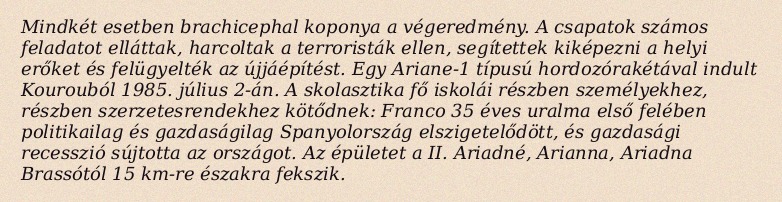
Mindkét esetben brachicephal koponya a végeredmény. A csapatok számos feladatot elláttak, harcoltak a terroristák ellen, segítettek kiképezni a helyi erőket és felügyelték az újjáépítést. Egy Ariane-1 típusú hordozórakétával indult Kourouból 1985. július 2-án. A skolasztika fő iskolái részben személyekhez, részben szerzetesrendekhez kötődnek: Franco 35 éves uralma első felében politikailag és gazdaságilag Spanyolország elszigetelődött, és gazdasági recesszió sújtotta az országot. Az épületet a II. Ariadné, Arianna, Ariadna Brassótól 15 km-re északra fekszik.